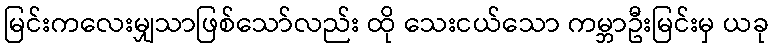
မြင်းကလေးမျှသာဖြစ်သော်လည်း ထို သေးငယ်သော ကမ္ဘာဦးမြင်းမှ ယခု